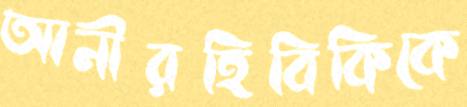
আনীরহিবিকিকে